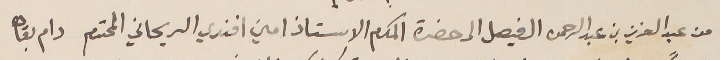
من عبد العزيز بن عبد الرحمن الفيصل الى حضرة المكرم الاستاذ امين افندي الريحاني دام بقاه